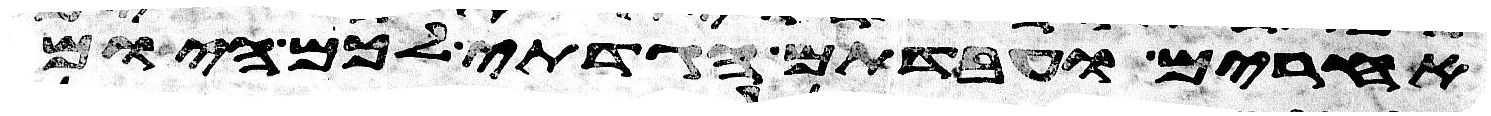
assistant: אחרים ועבדתם הגדתי לכם היום